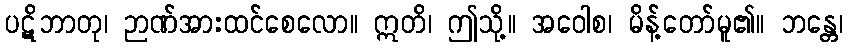
ပဋိဘာတု၊ ဉာဏ်အားထင်စေလော။ ဣတိ၊ ဤသို့။ အဝေါစ၊ မိန့်တော်မူ၏။ ဘန္တေ၊